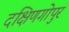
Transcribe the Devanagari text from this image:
दक्षिणगोपुर